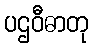
ပဌဝီဓာတု